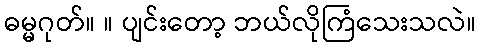
ဓမ္မဂုတ်။ ။ ပျင်းတော့ ဘယ်လိုကြံသေးသလဲ။